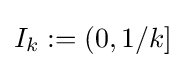
I_{k}:=(0,1/k]